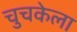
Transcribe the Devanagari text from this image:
चुचकेला